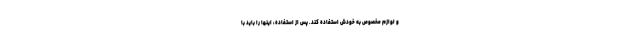
و لوازم مخصوص به خودش استفاده کند. پس از استفاده، اینها را باید با